Civil Veterinary Dept. Bombay admin report 1907-1913 - 1907-1913
Year: 1907
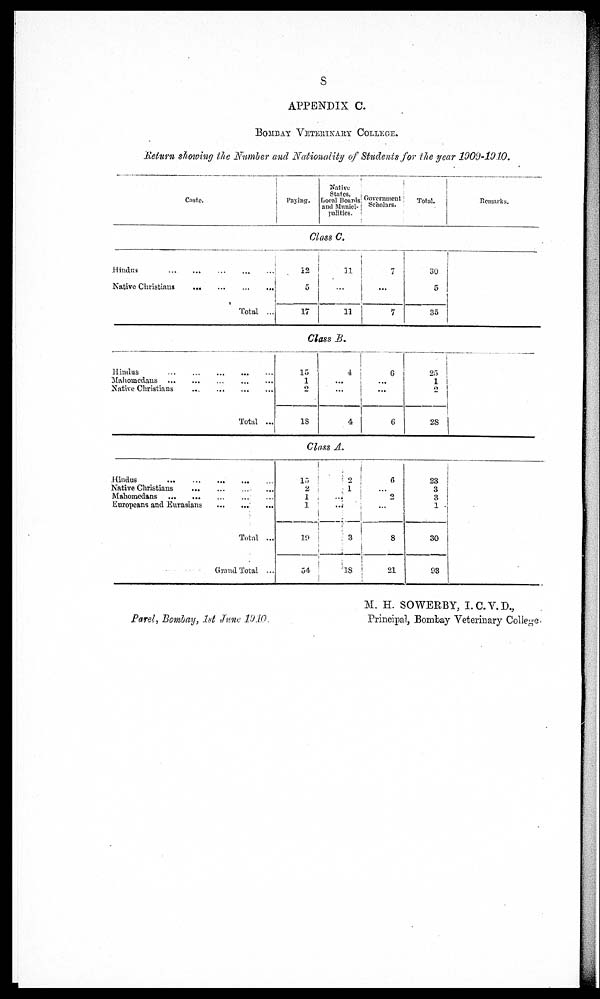
s
APPENDIX C.
Bombay Veterinary College.
return showing the Number and Nationality of Students for the year 1909-1910
Caste.
Paying.
Native
States,
Local Boards
and Munici-
palities.
Government;
Scholars.
Total.
Remarks.
Class C
Hindus ... ... ... ... ...
Native Christians
...
...
...
...
Total ...
12
5
17
11
...
11
7
...
7
30
5
35
Class B.
Hindus ... ... ... ... ...
Mahomedans ... ... ... ... ...
Native Christians ... ... ... ...
Total ...
15
1
2
18
4
...
...
4
6
...
...
6
25
1
2
28
Class A.
Hindus ... ... ... ... ...
Native Christians ... ... ... ...
Mahometans ... ... ... ... ...
Europeans and Eurasians ... ... ...
Total ...
Grand Total ...
15
2
1
1
19
54
2
1
...
...
3
18
6
...
2
...
8
21
23
3
3
1
30
93
Parel, Bombay, 1st June 1910.
M. H. SOWERBY, I.C.V.D.,
Principal, Bombay Veterinary College-